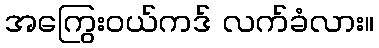
အကြွေးဝယ်ကဒ် လက်ခံလား။